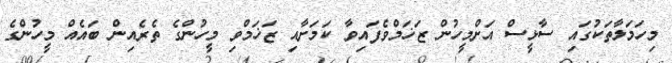
މިހަމަލާތަކުގައި ސާޅީސް އަށްމީހުން ޒަޚަމްވެފައިވާ ކަމަށާއި ޒަޚަމްވި މީހުންގެ ތެރެއިން ބައެއް މީހުންގެ